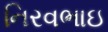
નિરવભાઇ